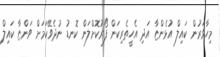
މިހާވަރުން ކައިލް އުޅެންޏާ އަދި އެހީތެރިކަން ފޯރުކޮށްލަން ކޮނޑު ނުދެވޭކަމަށް ވަންޏާ ކައިލް